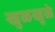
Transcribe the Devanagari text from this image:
खुळखुळे